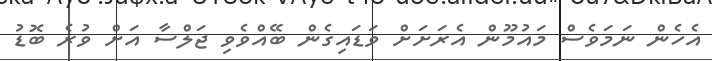
އެހެން ނަމަވެސް މައުމޫން އެރަށަށް ވަޑައިގެން ބޭއްވެވި ޖަލްސާ އަށް ވުރެ ބޮޑު